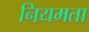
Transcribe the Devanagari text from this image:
नियमता